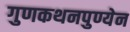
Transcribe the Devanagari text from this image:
गुणकथनपुण्येन